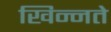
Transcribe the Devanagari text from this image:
खिन्नते